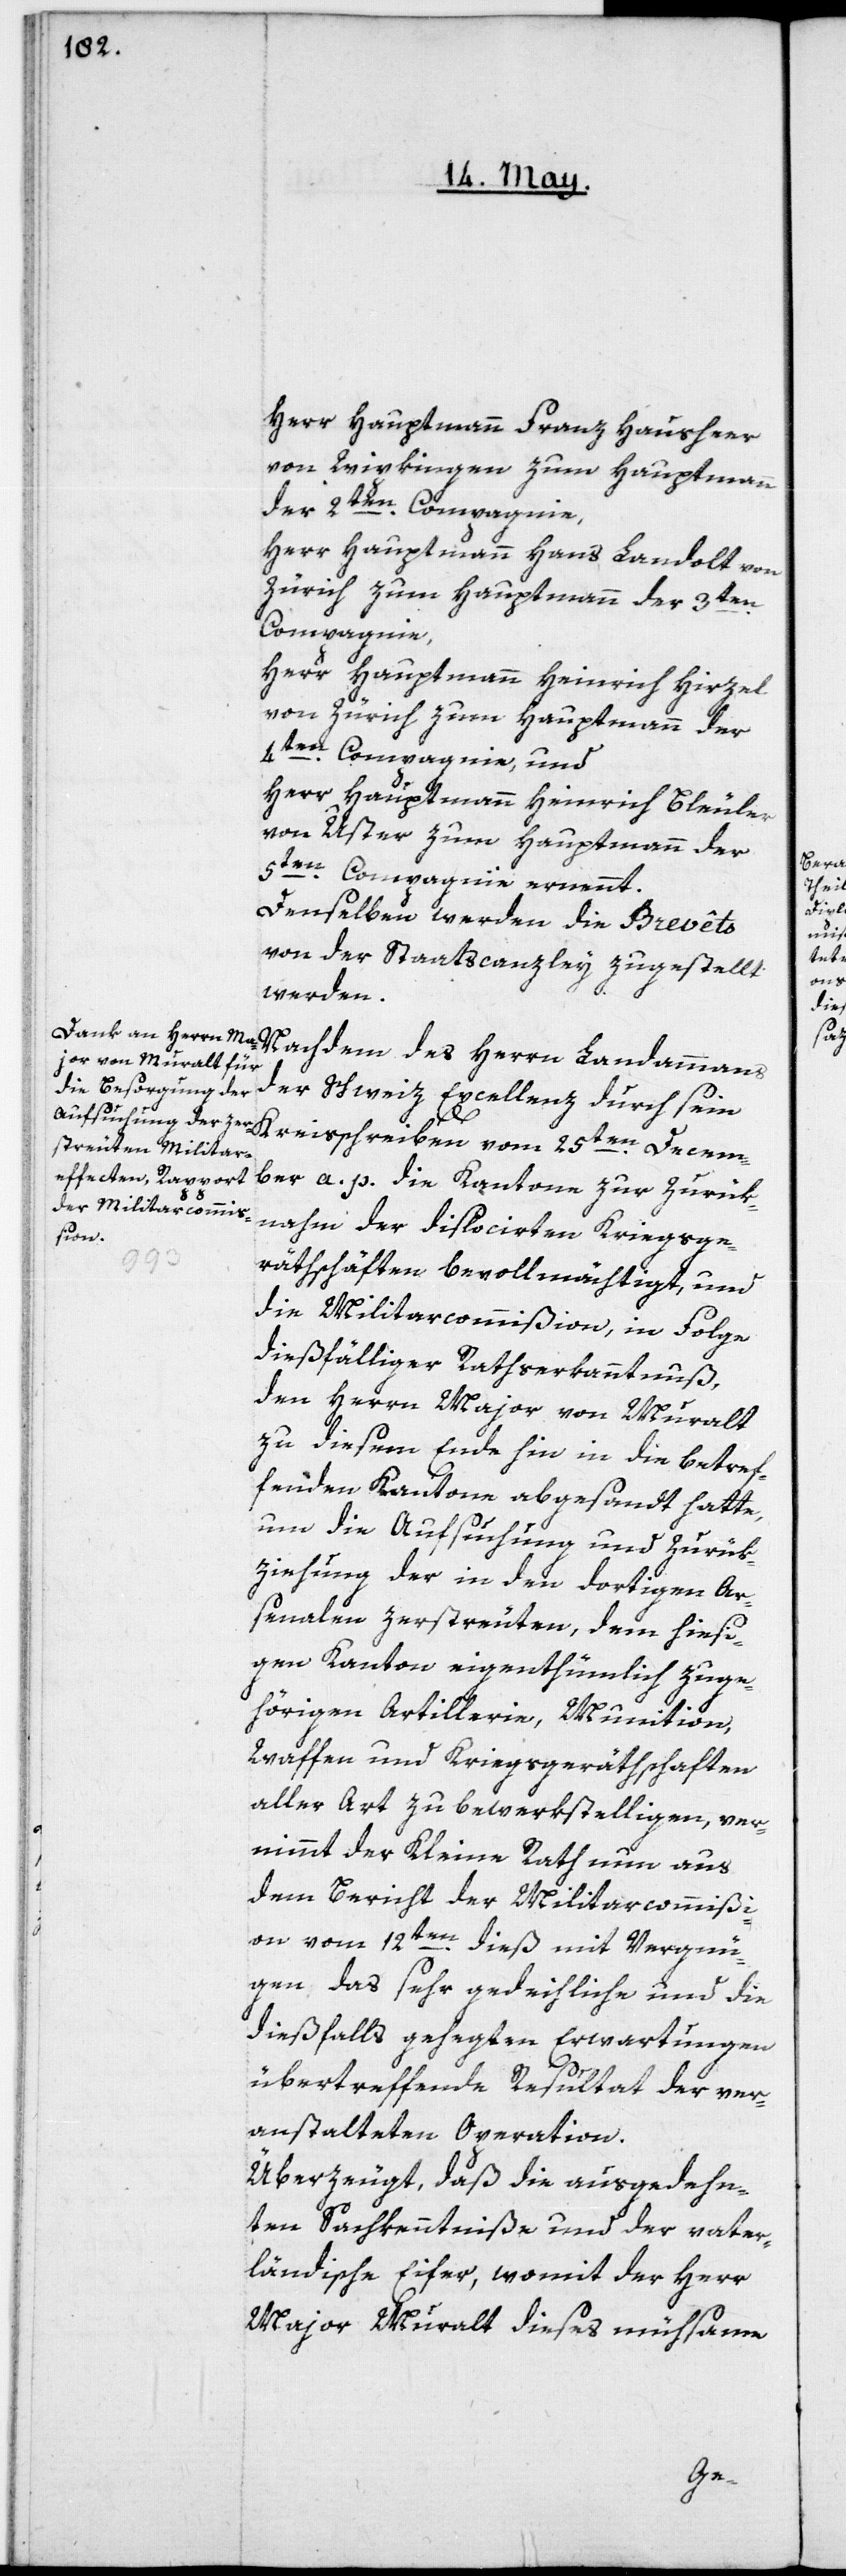
Herr Hauptmann Franz Hausheer
von Wipkingen zum Hauptmann
der 2ten Compagnie,
Herr Hauptmann Hans Landolt von
Zürich zum Hauptmann der 3ten
Compagnie,
Herr Hauptmann Heinrich Hirzel
von Zürich zum Hauptmann der
4ten Compagnie, und
Herr Hauptmann Heinrich Bleuler
von Uster zum Hauptmann der
5ten Compagnie ernennt.
Denselben werden die Brevêts
von der Staatscanzley zugestellt
werden.
Nachdem des Herrn Landammanns
der Schweiz Excellenz durch sein
Kreisschreiben vom 25ten Decem¬
ber a. p. die Kantone zur Zurük¬
nahme der dislocirten Kriegsge¬
räthschaften bevollmächtigt, und
die Militarcommißion in Folge
dießfälliger Rathserkanntnuß,
den Herrn Major von Muralt
zu diesem Ende hin in die betref¬
fenden Kantone abgesandt hatte,
um die Aufsuchung und Zurük¬
ziehung der in den dortigen Ar¬
senalen zerstreuten, dem hiesi¬
gen Kanton eigenthümlich zuge¬
hörigen Artillerie, Munition,
Waffen und Kriegsgeräthschaften
aller Art zu bewerkstelligen, vern¬
immt der Kleine Rath nun aus
dem Bericht der Militarcommißi¬
on vom 12ten dieß mit Vergnü¬
gen, das sehr gedeihliche und die
dießfalls gehegten Erwartungen
übertreffende Resultat der ver¬
anstalteten Operation.
Überzeugt, daß die ausgedehn¬
ten Sachkenntniße und der vater¬
ländische Eifer, womit der Herr
Major Muralt dieses mühsame